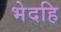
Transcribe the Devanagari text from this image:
भेदहि